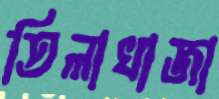
তিলাখাজা